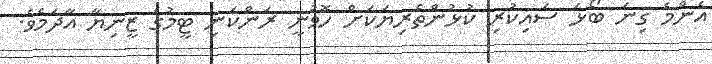
އެންމެ ގިނަ ބޯޅަ ސައިކުރި ކުޅުންތެރިޔަކަށް ހޮވުނީ ރަންކަނި ޓީމުގެ ޒީނިޔާ އާދަމެވެ.